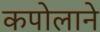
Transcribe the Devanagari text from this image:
कपोलाने